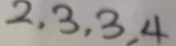
2 , 3 , 3 , 4